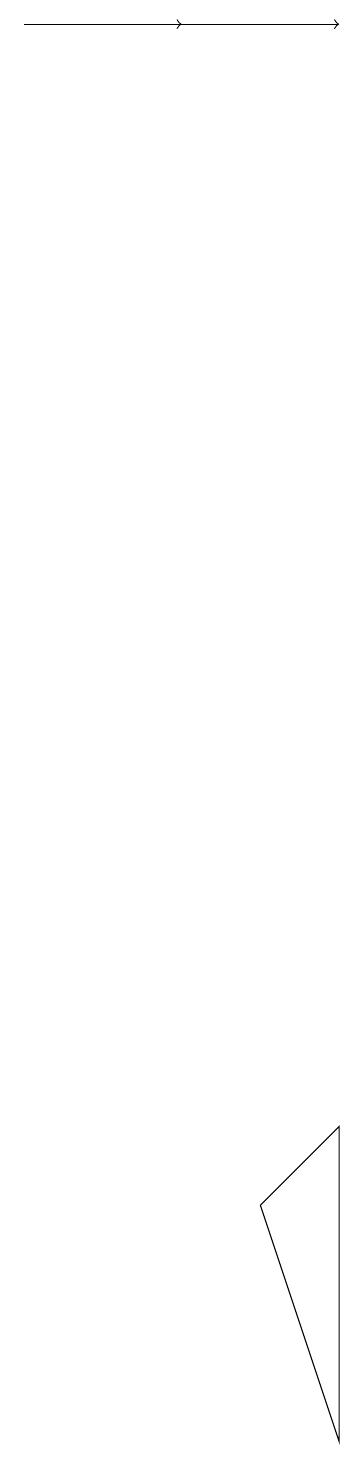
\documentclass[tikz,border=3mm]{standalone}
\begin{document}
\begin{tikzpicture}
\draw[->] (2,18) -- (4,18);
\draw[->] (3,18) -- (6,18);
\draw (6,4) -- (5,3) -- (6,0) -- cycle;
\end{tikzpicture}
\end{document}